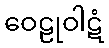
ဝေဠုဝါဋံ